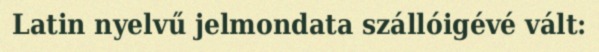
Latin nyelvű jelmondata szállóigévé vált: